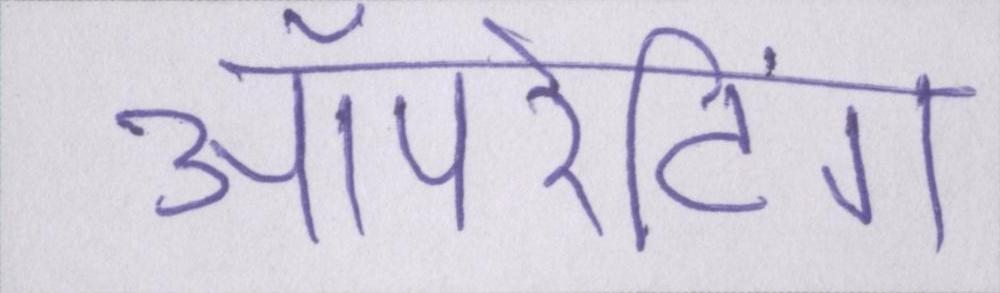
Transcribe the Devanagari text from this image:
ऑपरेटिंग